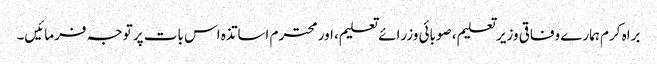
براہ کرم ہمارے وفاقی وزیر تعلیم، صوبائی وزرائے تعلیم، اور محترم اساتذہ اس بات پر توجہ فرمائیں۔